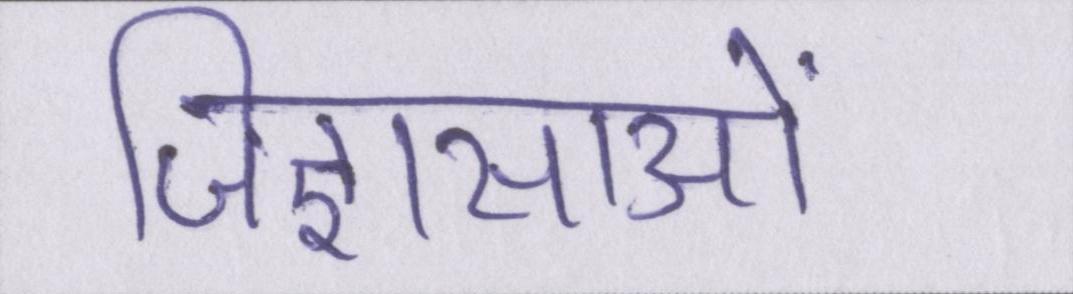
जिज्ञासाओं